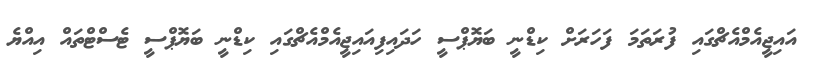
އައިޖީއެމްއެޗްގައި ފުރަތަމަ ފަހަރަށް ކިޑްނީ ބަޔޮޕްސީ ހަދައިފިއައިޖީއެމްއެޗްގައި ކިޑްނީ ބަޔޮޕްސީ ޓެސްޓްތައް އިއްޔެ